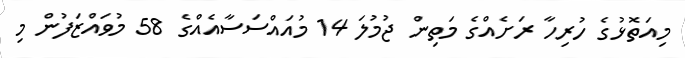
މިއަތޮޅުގެ ހުރިހާ ރަށެއްގެ މަތިން ޖުމުލަ 14 މުއައްސަސާއެއްގެ 58 މުވައްޒަފުން މި